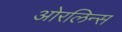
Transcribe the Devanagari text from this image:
ओरलिन्स